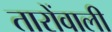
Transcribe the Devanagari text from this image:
तारोंवाली